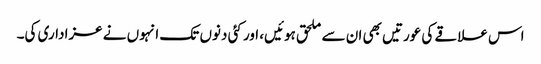
اس علاقے کی عورتیں بھی ان سے ملحق ہوئیں، اور کئی دنوں تک انہوں نے عزاداری کی۔